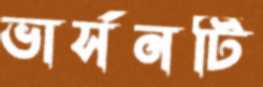
ভার্সনটি